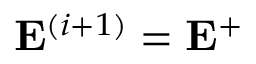
\mathbf { E } ^ { ( i + 1 ) } = \mathbf { E } ^ { + }